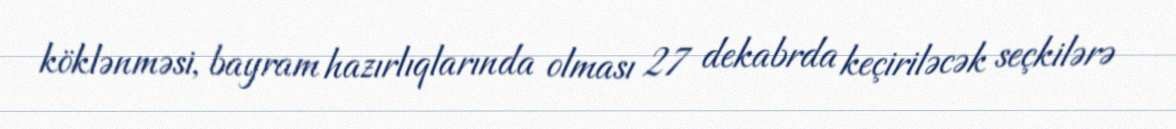
köklənməsi, bayram hazırlıqlarında olması 27 dekabrda keçiriləcək seçkilərə